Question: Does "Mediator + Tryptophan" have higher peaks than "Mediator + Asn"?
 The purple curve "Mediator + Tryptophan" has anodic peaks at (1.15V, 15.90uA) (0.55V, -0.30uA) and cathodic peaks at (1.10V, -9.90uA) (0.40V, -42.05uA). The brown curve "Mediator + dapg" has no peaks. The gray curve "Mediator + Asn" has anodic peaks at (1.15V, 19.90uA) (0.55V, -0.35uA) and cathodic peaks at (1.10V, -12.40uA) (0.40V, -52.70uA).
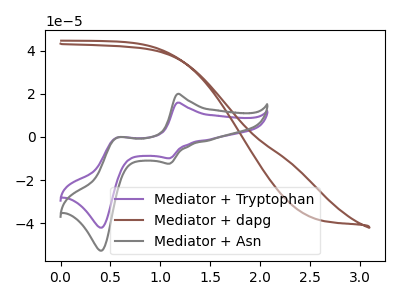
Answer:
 <answer>The peaks in "Mediator + Tryptophan" are neither all higher or all lower than the peaks in "Mediator + Asn".</answer>
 <eval>mixed</eval>